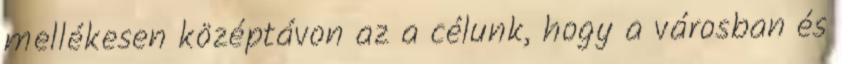
mellékesen középtávon az a célunk, hogy a városban és